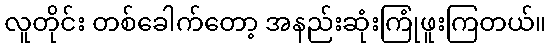
လူတိုင်း တစ်ခေါက်တော့ အနည်းဆုံးကြုံဖူးကြတယ်။